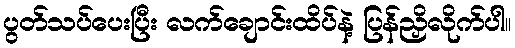
ပွတ်သပ်ပေးပြီး လက်ချောင်းထိပ်နဲ့ ပြန်ညှိလိုက်ပါ။